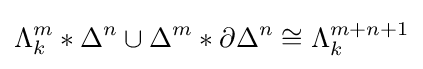
\Lambda _{k}^{m}*\Delta ^{n}\cup \Delta ^{m}*\partial \Delta ^{n}\cong \Lambda _{k}^{m+n+1}